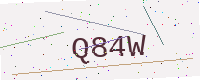
Text: Q84W